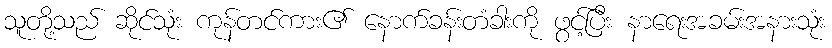
သူတို့သည် ဆိုင်သုံး ကုန်တင်ကား၏ နောက်ခန်းတံခါးကို ဖွင့်ပြီး နာရေးအခမ်းအနားသုံး